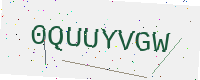
Text: 0QUUYVGW